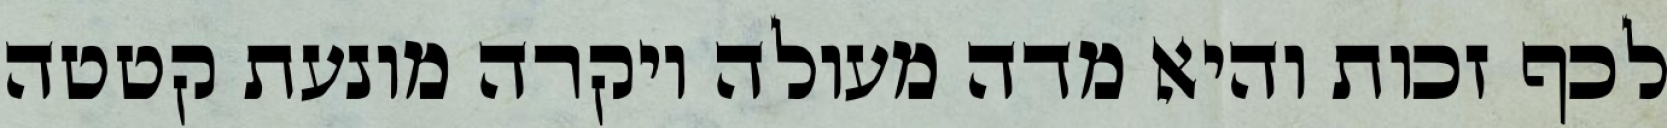
לכף זכות והיא מדה מעולה ויקרה מונעת קטטה